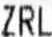
ZRL